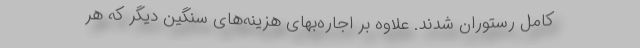
کامل رستوران شدند. علاوه بر اجاره‌بهای هزینه‌های سنگین دیگر که هر